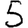
Digit: 5